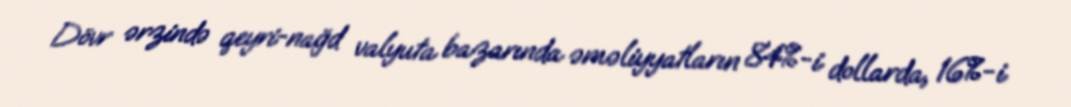
Dövr ərzində qeyri-nağd valyuta bazarında əməliyyatların 84%-i dollarda, 16%-i